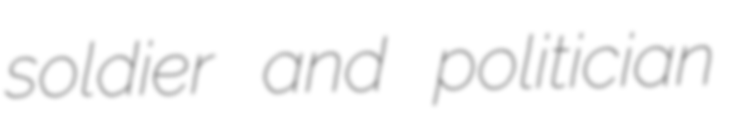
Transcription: soldier and politician